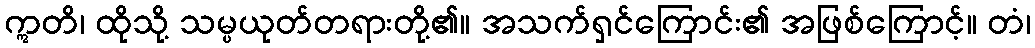
ဣတိ၊ ထိုသို့ သမ္ပယုတ်တရားတို့၏။ အသက်ရှင်ကြောင်း၏ အဖြစ်ကြောင့်။ တံ၊